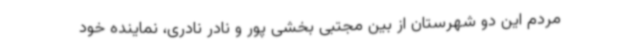
مردم این دو شهرستان از بین مجتبی بخشی پور و نادر نادری، نماینده خود